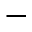
-